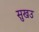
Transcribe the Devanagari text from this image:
सुखउ